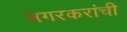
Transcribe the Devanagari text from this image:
नगरकरांची